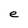
Character: e